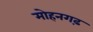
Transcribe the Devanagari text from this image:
मोहनगढ़